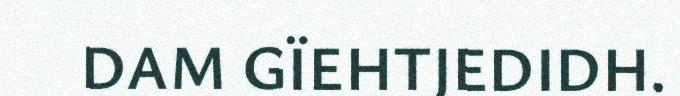
DAM GÏEHTJEDIDH.